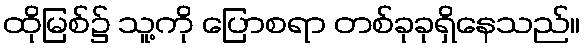
ထိုမြစ်၌ သူ့ကို ပြောစရာ တစ်ခုခုရှိနေသည်။